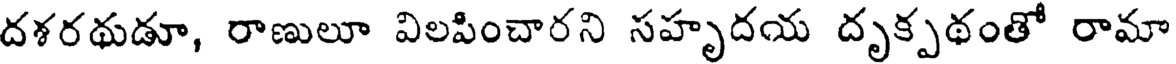
దశరథుడూ, రాణులూ విలపించారని సహృదయ దృక్పథంతో రామా